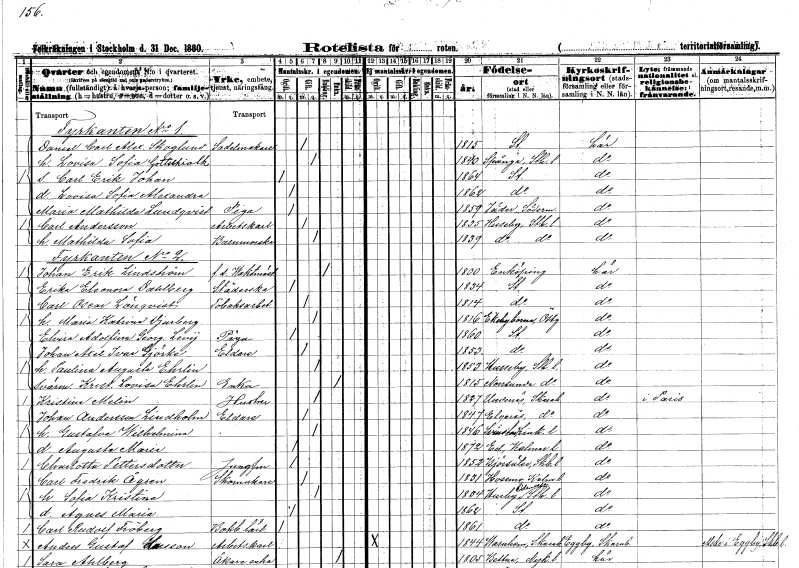
gt_parse: households: individuals: FN: Daniel Carl Alexander
EN: Skoglund
YRKE: Sadelmakare
KON: M
CIV: G
FODAR: 1815
FODFORS: Stockholm
FN: Lovisa Sofia
EN: Gottschialk
KON: K
CIV: G
FODAR: 1840
FODFORS: Spånga Stockholms län
FN: Carl Erik Johan
KON: M
CIV: O
FODAR: 1864
FODFORS: Stockholm
FN: Lovisa Sofia Alexandra
KON: K
CIV: O
FODAR: 1862
FODFORS: Stockholm
FN: Maria Mathilda
EN: Lundqvist
YRKE: Piga
KON: K
CIV: O
FODAR: 1859
FODFORS: Jäder Södermanlands län
FN: Carl
EN: Andersson
YRKE: Arbetskarl
KON: M
CIV: G
FODAR: 1835
FODFORS: Husby Stockholms län
FN: Mathilda Sofia
YRKE: Barnmorska
KON: K
CIV: G
FODAR: 1839
FODFORS: Hässelby Stockholms län
FN: Johan Erik
EN: Lindström
YRKE: Vaktmästare f.d.
KON: M
CIV: E
FODAR: 1800
FODFORS: Enköping Uppsala län
FN: Erika Eleonora
EN: Dahlberg
YRKE: Städerska
KON: K
CIV: O
FODAR: 1834
FODFORS: Stockholm
FN: Carl Oscar
EN: Lönqvist
YRKE: Tobaksarbetare
KON: M
CIV: G
FODAR: 1814
FODFORS: Stockholm
FN: Maria Katrina
EN: Djurberg
KON: K
CIV: G
FODAR: 1816
FODFORS: Ekebyborna Östergötlands län
FN: Elvira Adolfina Georgina
EN: Levij
YRKE: Piga
KON: K
CIV: O
FODAR: 1860
FODFORS: Stockholm
FN: Johan Axel Ivar
EN: Gjörke
YRKE: Eldare
KON: M
CIV: G
FODAR: 1853
FODFORS: Stockholm
FN: Paulina Augusta
EN: Ehrlin
KON: K
CIV: G
FODAR: 1853
FODFORS: Husby Stockholms län
FN: Kristina Lovisa
EN: Ehrlin
YRKE: Änka
KON: K
CIV: E
FODAR: 1815
FODFORS: Norrsunda Stockholms län
FN: Kristina
EN: Melin
YRKE: Hustru
KON: K
CIV: G
FODAR: 1827
FODFORS: Undenäs Skaraborgs län
FN: Johan
EN: Andersson Lindholm
YRKE: Eldare
KON: M
CIV: G
FODAR: 1847
FODFORS: Älgarås Skaraborgs län
FN: Gustafva Wilhelmina
KON: K
CIV: G
FODAR: 1846
FODFORS: Svinstad Östergötlands län
FN: Augusta Maria
KON: K
CIV: O
FODAR: 1872
FODFORS: Ed Kalmar län
FN: Charlotta
EN: Pettersdotter
YRKE: Jungfru
KON: K
CIV: O
FODAR: 1852
FODFORS: Björsäter Skaraborgs län
FN: Carl Fredrik
EN: Ågren
YRKE: Skomakare
KON: M
CIV: G
FODAR: 1831
FODFORS: Hossmo Kalmar län
FN: Sofia Kristina
KON: K
CIV: G
FODAR: 1834
FODFORS: Husby-Odensala Stockholms län
FN: Agnes Maria
KON: K
CIV: O
FODAR: 1862
FODFORS: Stockholm
FN: Carl Rudolf
EN: Fröberg
YRKE: Bokbindarelärling
KON: M
CIV: O
FODAR: 1861
FODFORS: Stockholm
FN: Anders Gustaf
EN: Larsson
YRKE: Arbetskarl
KON: M
CIV: O
FODAR: 1844
FODFORS: Varnhem Skaraborgs län
FN: Sara
EN: Ahlberg
YRKE: Åkareänka
KON: K
CIV: E
FODAR: 1805
FODFORS: Bettna Södermanlands län